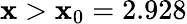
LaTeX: \mathbf{x}>\mathbf{x}_{0}=2.928